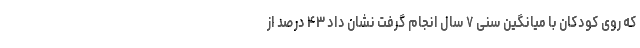
که روی کودکان با میانگین سنی ۷ سال انجام گرفت نشان داد ۴۳ درصد از